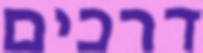
דרכים